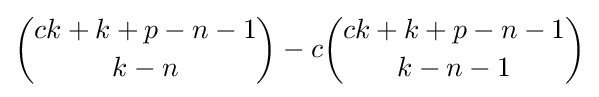
{\binom {ck+k+p-n-1}{k-n}}-c{\binom {ck+k+p-n-1}{k-n-1}}